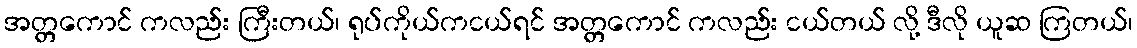
အတ္တကောင် ကလည်း ကြီးတယ်၊ ရုပ်ကိုယ်ကငယ်ရင် အတ္တကောင် ကလည်း ငယ်တယ် လို့ ဒီလို ယူဆ ကြတယ်၊